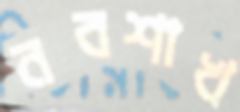
নবশাখ